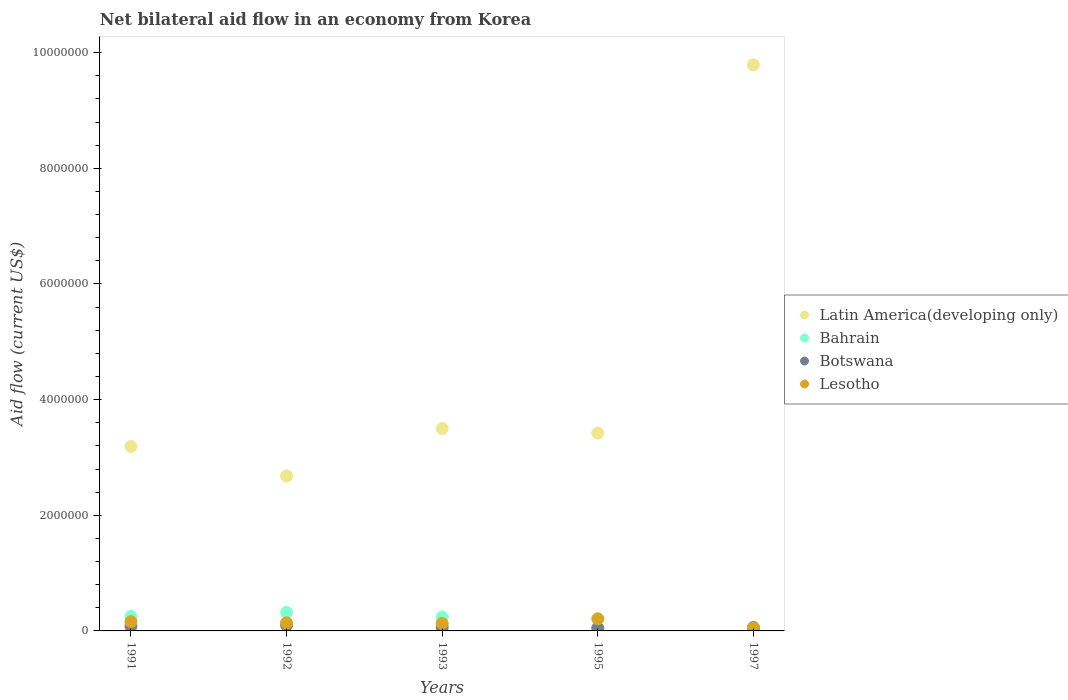
| Years | Latin America(developing only) | Bahrain | Botswana | Lesotho |
 | --- | --- | --- | --- | --- |
 | 1991 | 3.19e+06 | 2.5e+05 | 8e+04 | 1.6e+05 |
 | 1992 | 2.68e+06 | 3.2e+05 | 1e+05 | 1.4e+05 |
 | 1993 | 3.5e+06 | 2.4e+05 | 6e+04 | 1.3e+05 |
 | 1995 | 3.42e+06 | 2e+04 | 5e+04 | 2.1e+05 |
 | 1997 | 9.79e+06 | 4e+04 | 6e+04 | 5e+04 |